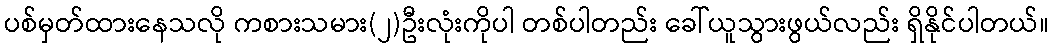
ပစ်မှတ်ထားနေသလို ကစားသမား(၂)ဦးလုံးကိုပါ တစ်ပါတည်း ခေါ်ယူသွားဖွယ်လည်း ရှိနိုင်ပါတယ်။